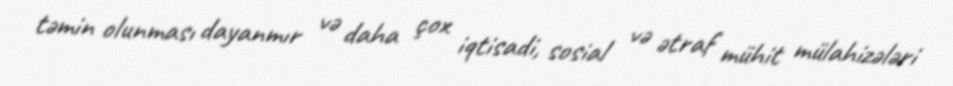
təmin olunması dayanmır və daha çox iqtisadi, sosial və ətraf mühit mülahizələri